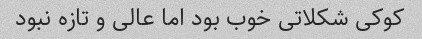
کوکی شکلاتی خوب بود اما عالی و تازه نبود